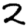
Digit: 2